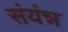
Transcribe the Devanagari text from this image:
संयंन्न